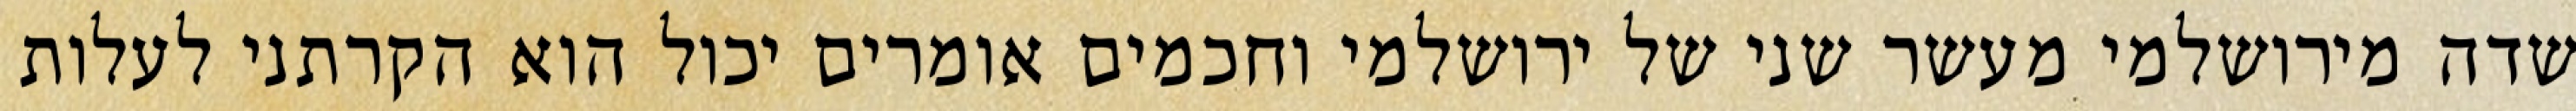
שדה מירושלמי מעשר שני של ירושלמי וחכמים אומרים יכול הוא הקרתני לעלות